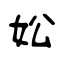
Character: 妐